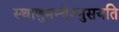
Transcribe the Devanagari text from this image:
स्थाणुमन्येऽनुसयति